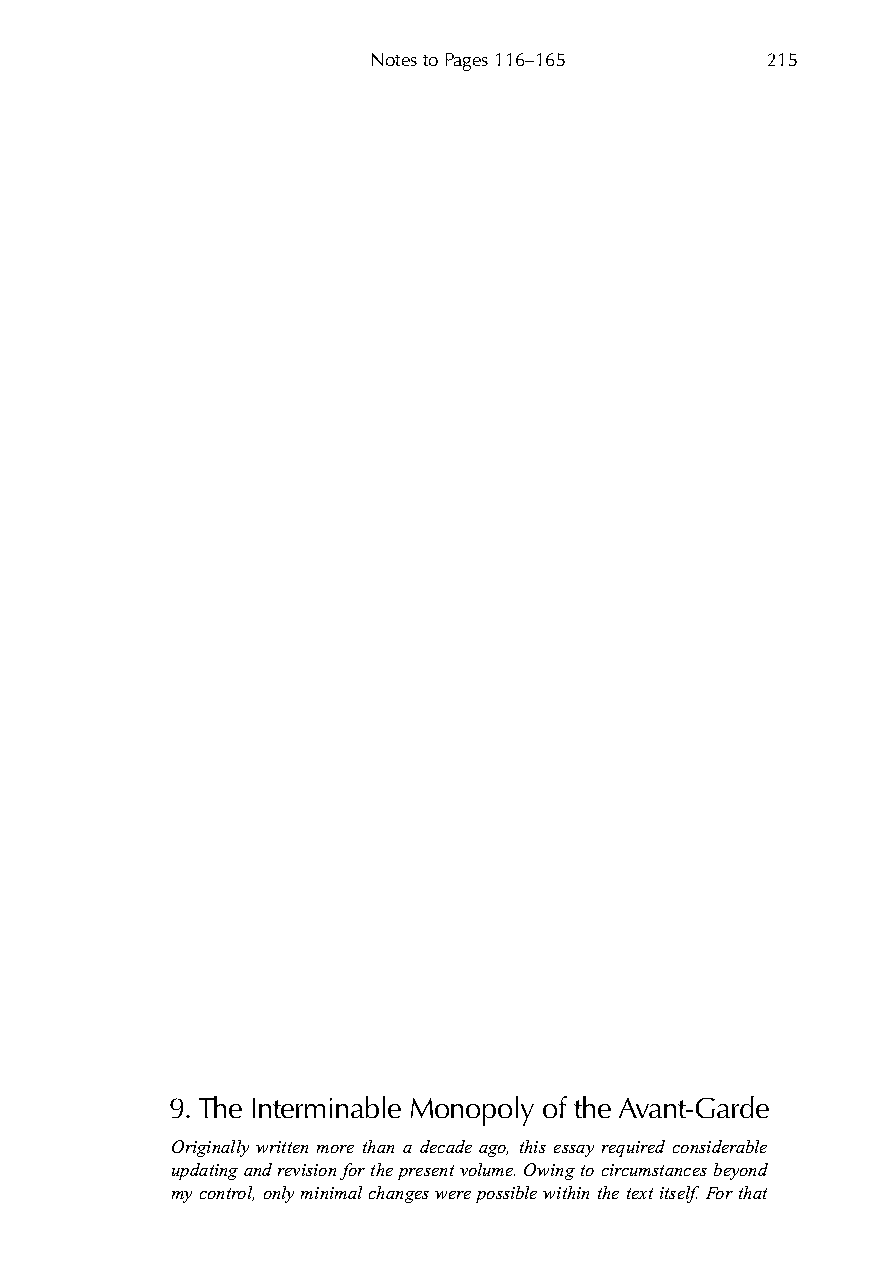
Notes to Pages 116–165    215
 9. The Interminable Monopoly of the Avant-Garde
 Originally written more than a decade ago, this essay required considerable
 updating and revision for the present volume. Owing to circumstances beyond
 my control, only minimal changes were possible within the text itself. For that